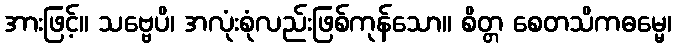
အားဖြင့်။ သဗ္ဗေပိ၊ အလုံးစုံလည်းဖြစ်ကုန်သော။ စိတ္တ စေတသိကဓမ္မေ၊